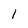
Character: 1